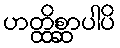
ဟတ္ထိစ္ဆာပါပိ